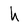
Character: h